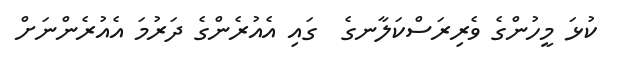
ކުޅަ މީހުންގެ ވެރިރަސްކަލާނގެ  ގައި އެއުރެންގެ ދަރުމަ އެއުރެންނަށް